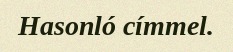
Hasonló címmel.